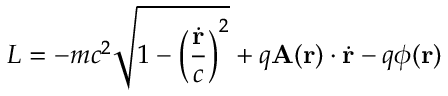
L = - m c ^ { 2 } { \sqrt { 1 - \left( { \frac { \dot { \mathbf { r } } } { c } } \right) ^ { 2 } } } + q \mathbf { A } ( \mathbf { r } ) \cdot { \dot { \mathbf { r } } } - q \phi ( \mathbf { r } ) \,